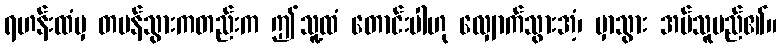
ရဟန်းထံမှ တမန်သွားကတည်းက ဤသူ့ထံ တောင်းပါဟု လျှောက်သွားအံ့၊ မှာသွား အပ်သူမည်၏။